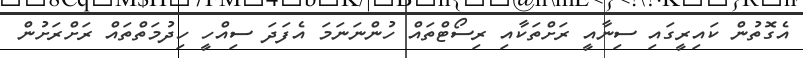
އެގޮތުން ކައިރީގައި ސިނާއީ ރަށްތަކާއި ރިސޯޓްތައް ހުންނަނަމަ އެފަދަ ސިއްހީ ހިދުމަތްތައް ރަށްރަށުން